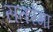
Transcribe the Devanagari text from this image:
सतरंगा